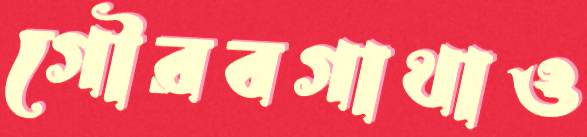
গৌরবগাথাও